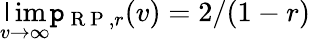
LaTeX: \operatorname*{\mathsf{l}im}_{v\to\infty}\mathtt{p}_{\mathrm{{~R~P~}},r}(v)=2/(1-r)